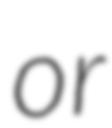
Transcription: or